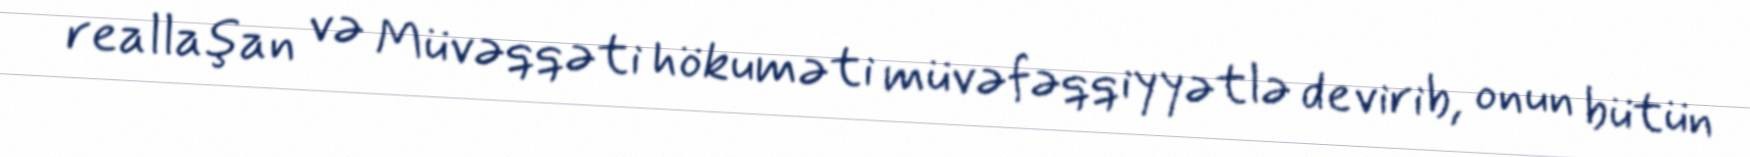
reallaşan və Müvəqqəti hökuməti müvəfəqqiyyətlə devirib, onun bütün